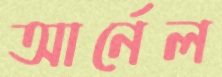
আর্নেল